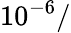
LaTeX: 10^{-6}/